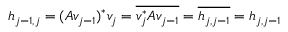
h _ { j - 1 , j } = ( A v _ { j - 1 } ) ^ { * } v _ { j } = { \overline { { v _ { j } ^ { * } A v _ { j - 1 } } } } = { \overline { { h _ { j , j - 1 } } } } = h _ { j , j - 1 }